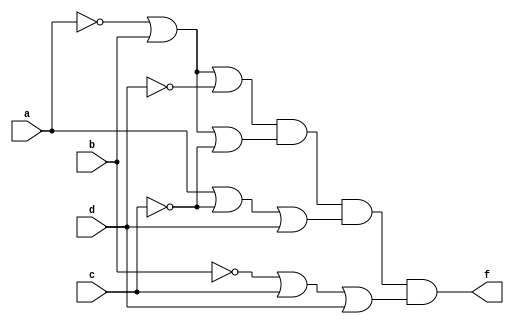
module Q2_b(a,b,c,d,f);
	input a,b,c,d;
	output f;
	assign f = (~a|b|~d)&(~a|b|~c)&(a|~c|d)&(~b|c|d);
endmodule